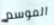
الموسم